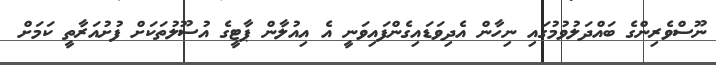
ނޫސްވެރިންގެ ބައްދަލުވުމުގައި ނިހާން އެދިވަޑައިގެންފައިވަނީ އެ އިއުލާން ޕާޓީގެ އުސޫލުތަކަށް ފުށުއަރާތީ ކަމަށް